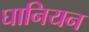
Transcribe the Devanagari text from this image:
घानियन